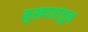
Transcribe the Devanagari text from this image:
मुखपत्रांतून